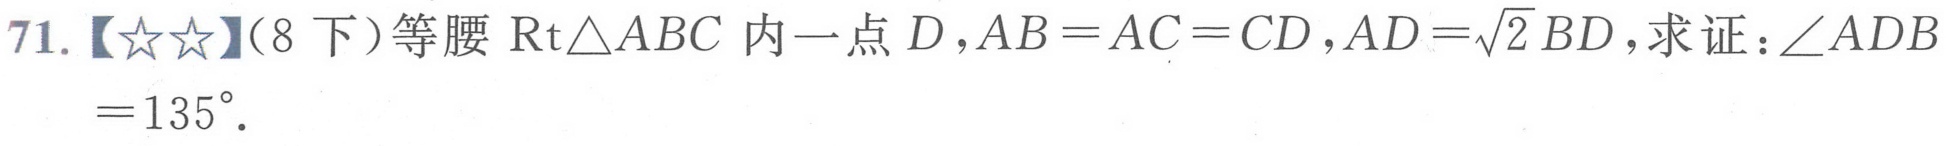
71.【★★】（8下）等腰$\text{Rt}\triangle ABC$内一点$D$，$AB = AC = CD$，$AD=\sqrt{2}BD$，求证：$\angle ADB=135^{\circ}$.